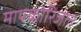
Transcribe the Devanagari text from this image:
मायकोरिजल